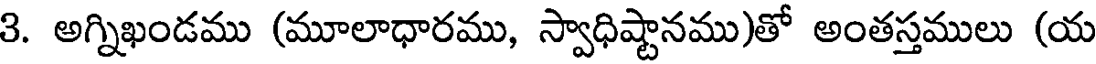
3. అగ్నిఖండము (మూలాధారము, స్వాధిష్టానము)తో అంతస్తములు (య